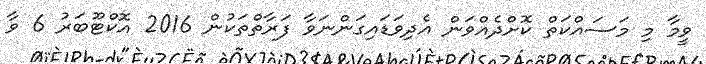
ވީމާ މި މަސައްކަތް ކޮށްދެއްވަން އެދިވަޑައިގަންނަވާ ފަރާތްތަކުން 2016 އޮކްޓޫބަރު 6 ވާ